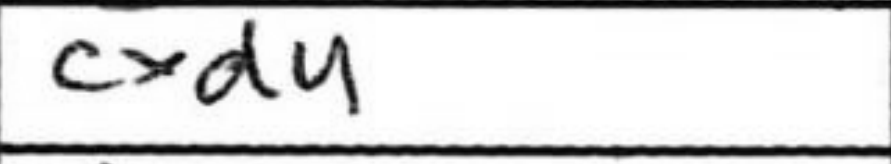
Transcription: cxd4